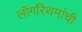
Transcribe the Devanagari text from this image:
लॉगरिथमांची